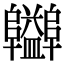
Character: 𨽪